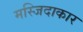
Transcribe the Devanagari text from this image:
मस्जिदाकार